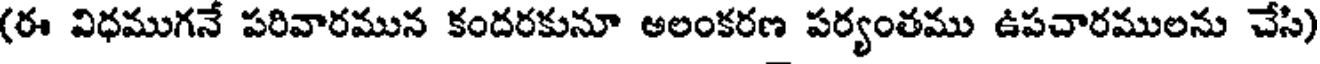
(ఈ విధముగనే పరివారమున కందరకునూ అలంకరణ పర్యంతము ఉపచారములను చేసి)